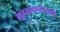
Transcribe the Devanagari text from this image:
गृहदानानंतरही